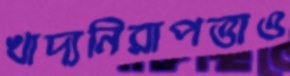
খাদ্যনিরাপত্তাও